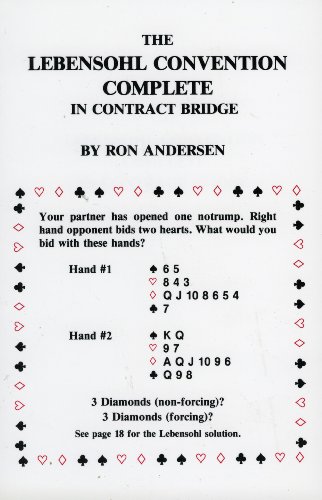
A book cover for The Lebensohl Convention Complete in Contract Bridge; Ron Anderson; Humor & Entertainment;